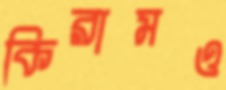
কিরামও